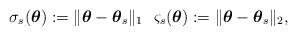
LaTeX: \begin{align*}\sigma_s(\boldsymbol{\theta}) := \|\boldsymbol{\theta}-\boldsymbol{\theta}_s\|_1~~\varsigma_s(\boldsymbol{\theta}) := \|\boldsymbol{\theta}-\boldsymbol{\theta}_s\|_2,\end{align*}